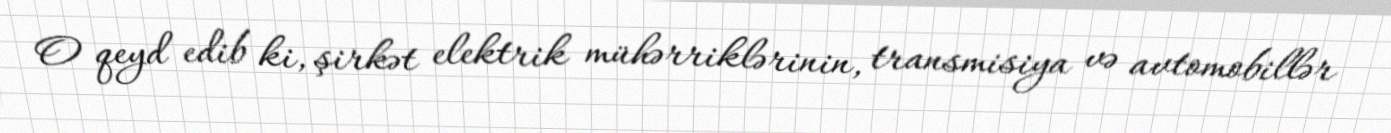
O qeyd edib ki, şirkət elektrik mühərriklərinin, transmisiya və avtomobillər